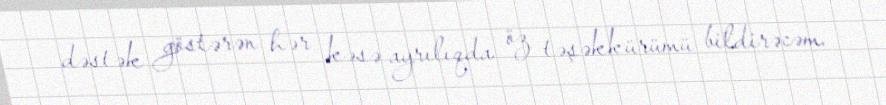
dəstək göstərən hər kəsə ayrılıqda öz təşəkkürümü bildirəcəm.